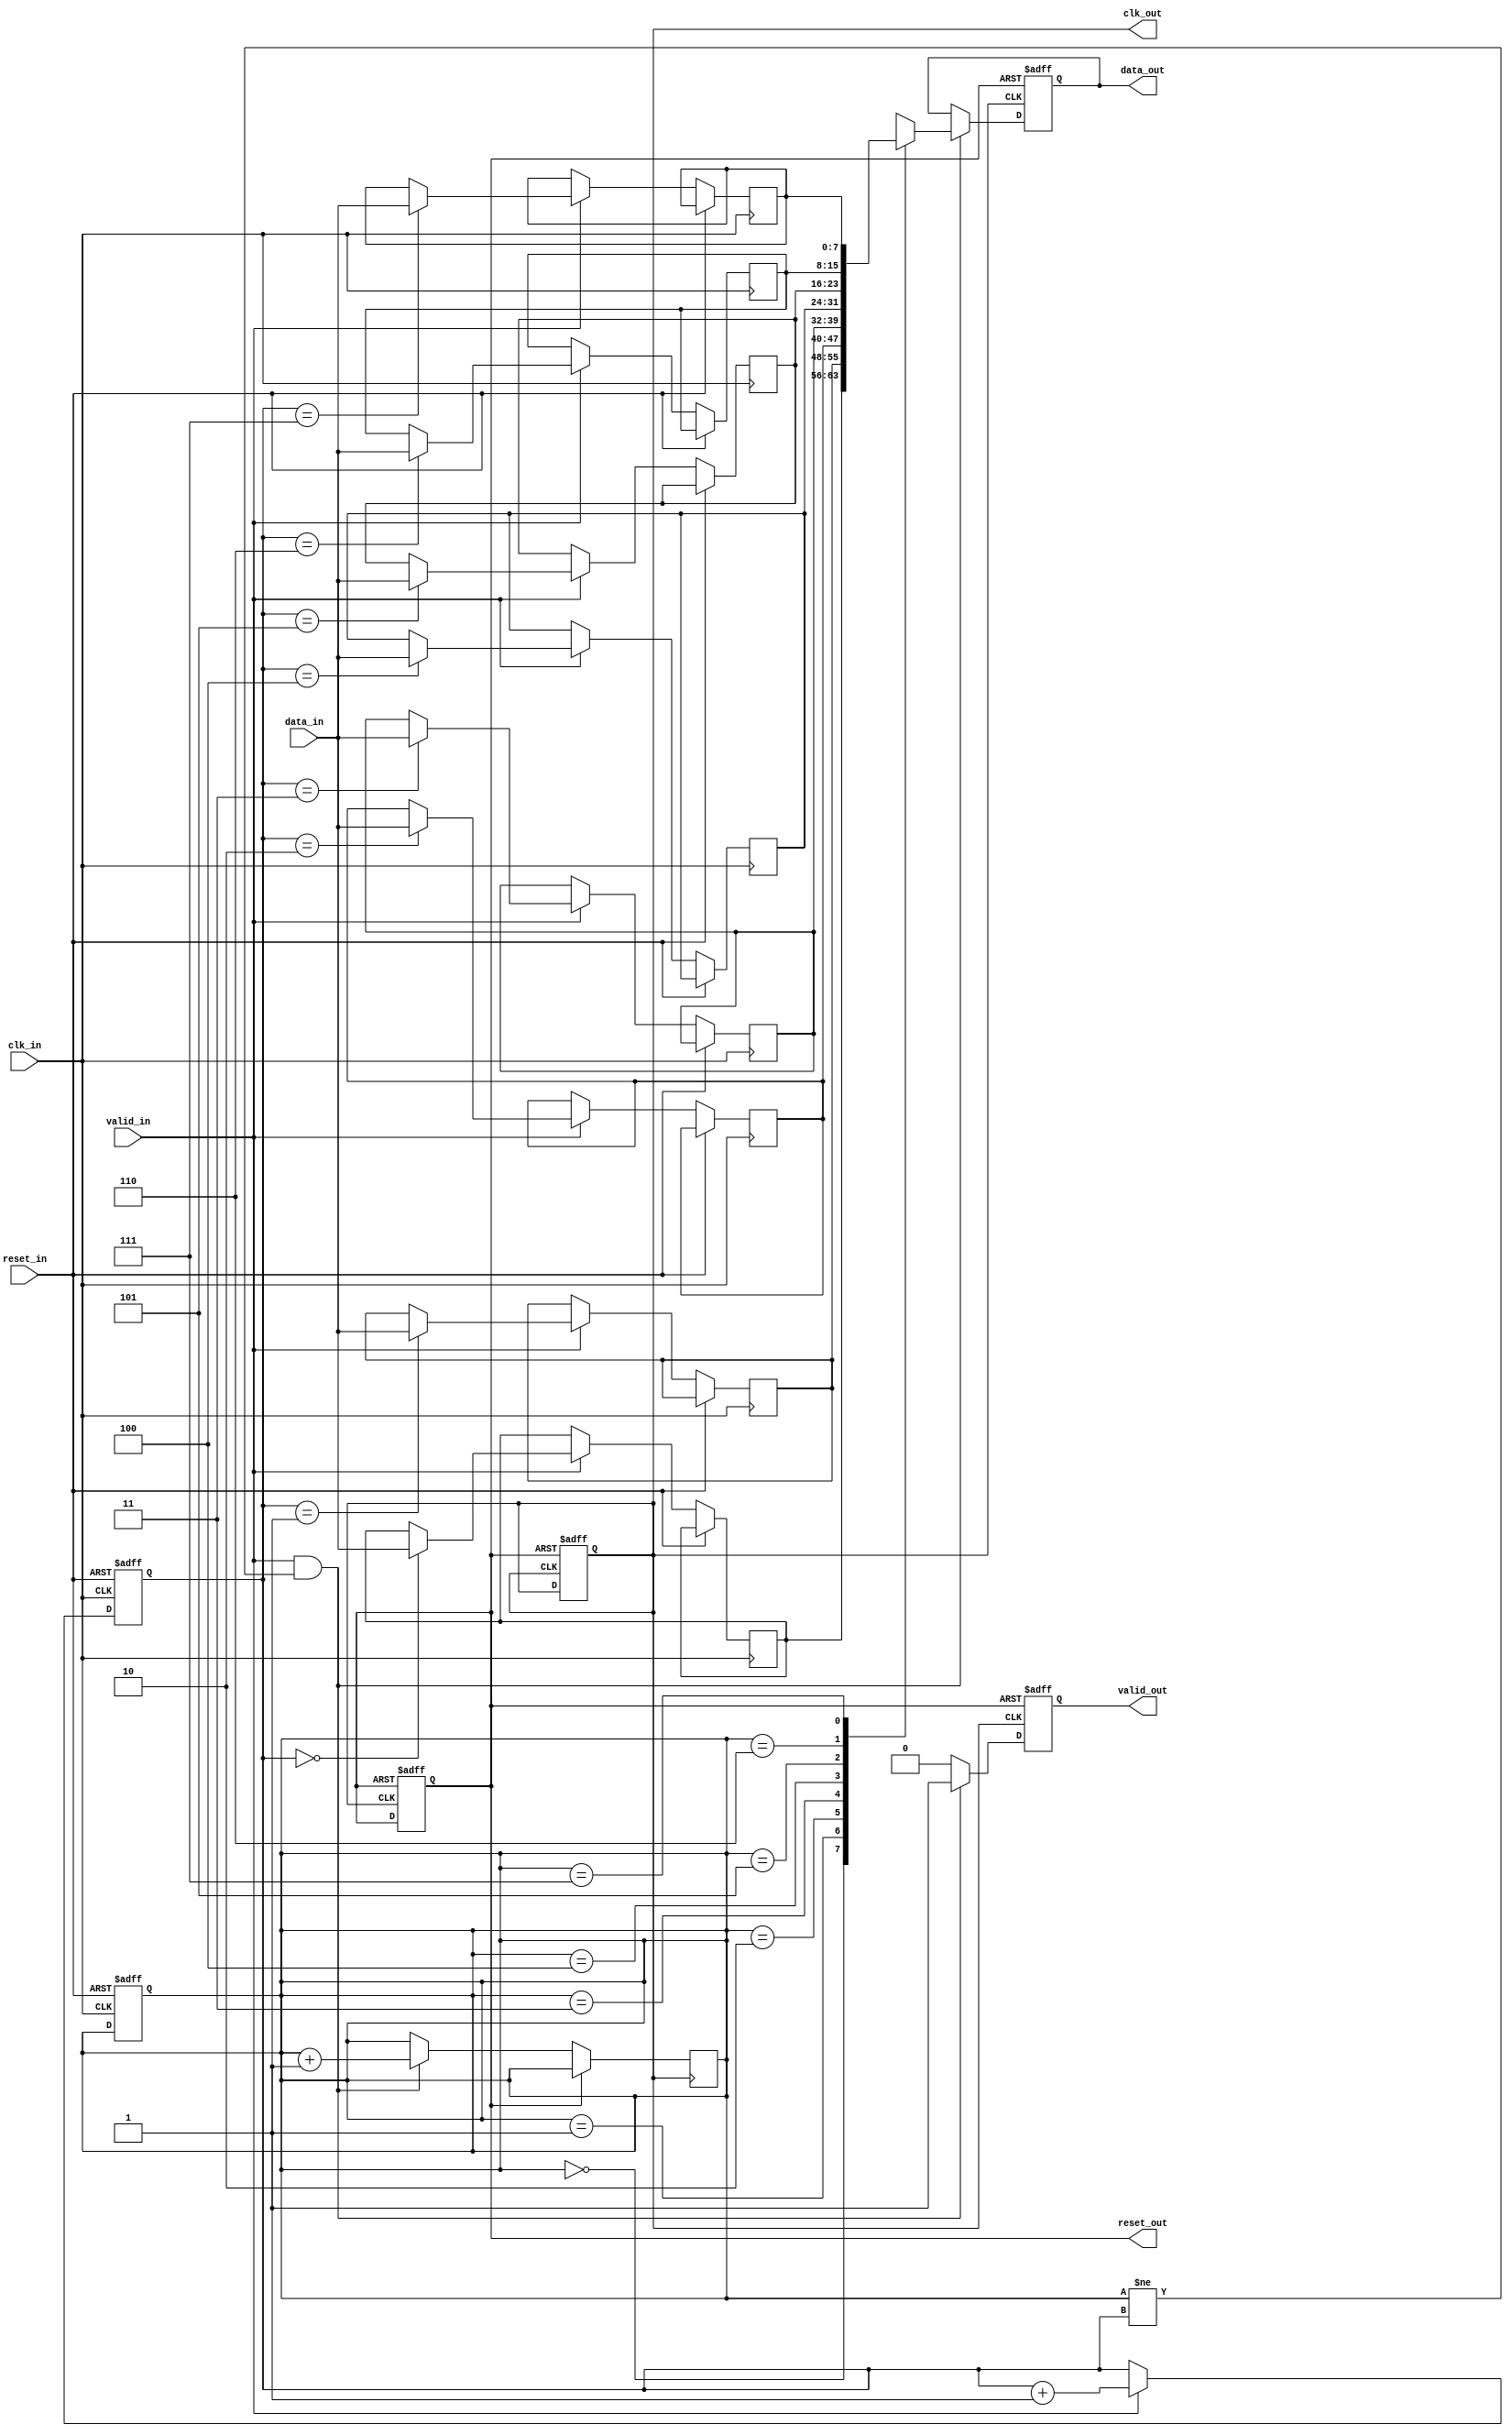
module burst_synchronizer (
    input wire clk_in,              // Clock input from source domain
    input wire reset_in,            // Reset input from source domain
    input wire [DATA_WIDTH-1:0] data_in,  // Burst data input from source domain
    input wire valid_in,            // Valid signal input from source domain

    output reg clk_out,             // Clock output to destination domain
    output reg reset_out,           // Reset output to destination domain
    output reg [DATA_WIDTH-1:0] data_out, // Burst data output to destination domain
    output reg valid_out            // Valid signal output to destination domain
);

parameter DATA_WIDTH = 8;      // Width of burst data bus

// FIFO buffer to store incoming burst data
reg [DATA_WIDTH-1:0] fifo [0:7];   // 8-entry FIFO buffer
reg [2:0] write_ptr = 0;           // Write pointer for FIFO buffer
reg [2:0] read_ptr = 0;            // Read pointer for FIFO buffer

always @(posedge clk_in or posedge reset_in) begin
    if (reset_in) begin
        write_ptr <= 0;
        read_ptr <= 0;
    end else begin
        if (valid_in) begin
            fifo[write_ptr] <= data_in;
            write_ptr <= write_ptr + 1;
        end
    end
end

// Control logic for data transfer between clock domains
always @(posedge clk_out or posedge reset_out) begin
    if (reset_out) begin
        clk_out <= 1'b0;
        reset_out <= 1'b1;
        data_out <= 0;
        valid_out <= 1'b0;
    end else begin
        if (valid_in && read_ptr != write_ptr) begin
            data_out <= fifo[read_ptr];
            valid_out <= 1'b1;
            read_ptr <= read_ptr + 1;
        end else begin
            valid_out <= 1'b0;
        end
    end
end

endmodule